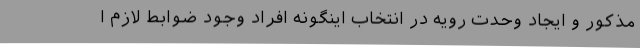
مذکور و ایجاد وحدت رویه در انتخاب اینگونه افراد وجود ضوابط لازم ا